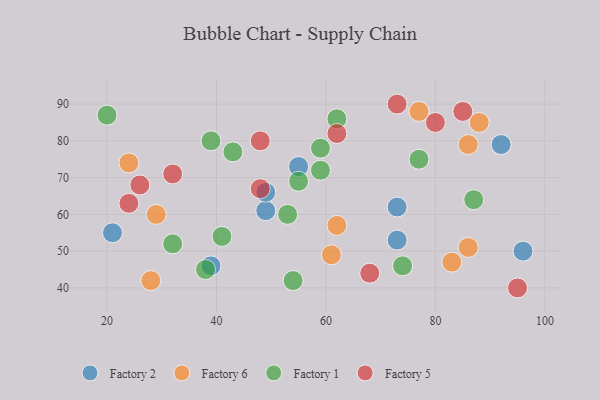
{"axis": {"x": "GDP", "y": "Life Expectancy"}, "legend": ["Factory 1", "Factory 2", "Factory 5", "Factory 6"], "data": [{"x": "21", "y": 55, "type": "Factory 2"}, {"x": "96", "y": 50, "type": "Factory 2"}, {"x": "73", "y": 53, "type": "Factory 2"}, {"x": "39", "y": 46, "type": "Factory 2"}, {"x": "92", "y": 79, "type": "Factory 2"}, {"x": "49", "y": 61, "type": "Factory 2"}, {"x": "73", "y": 62, "type": "Factory 2"}, {"x": "49", "y": 66, "type": "Factory 2"}, {"x": "55", "y": 73, "type": "Factory 2"}, {"x": "83", "y": 47, "type": "Factory 6"}, {"x": "62", "y": 57, "type": "Factory 6"}, {"x": "86", "y": 51, "type": "Factory 6"}, {"x": "61", "y": 49, "type": "Factory 6"}, {"x": "77", "y": 88, "type": "Factory 6"}, {"x": "24", "y": 74, "type": "Factory 6"}, {"x": "28", "y": 42, "type": "Factory 6"}, {"x": "88", "y": 85, "type": "Factory 6"}, {"x": "86", "y": 79, "type": "Factory 6"}, {"x": "29", "y": 60, "type": "Factory 6"}, {"x": "54", "y": 42, "type": "Factory 1"}, {"x": "59", "y": 78, "type": "Factory 1"}, {"x": "20", "y": 87, "type": "Factory 1"}, {"x": "43", "y": 77, "type": "Factory 1"}, {"x": "53", "y": 60, "type": "Factory 1"}, {"x": "39", "y": 80, "type": "Factory 1"}, {"x": "32", "y": 52, "type": "Factory 1"}, {"x": "55", "y": 69, "type": "Factory 1"}, {"x": "41", "y": 54, "type": "Factory 1"}, {"x": "62", "y": 86, "type": "Factory 1"}, {"x": "74", "y": 46, "type": "Factory 1"}, {"x": "77", "y": 75, "type": "Factory 1"}, {"x": "59", "y": 72, "type": "Factory 1"}, {"x": "87", "y": 64, "type": "Factory 1"}, {"x": "38", "y": 45, "type": "Factory 1"}, {"x": "26", "y": 68, "type": "Factory 5"}, {"x": "85", "y": 88, "type": "Factory 5"}, {"x": "62", "y": 82, "type": "Factory 5"}, {"x": "95", "y": 40, "type": "Factory 5"}, {"x": "32", "y": 71, "type": "Factory 5"}, {"x": "68", "y": 44, "type": "Factory 5"}, {"x": "48", "y": 80, "type": "Factory 5"}, {"x": "80", "y": 85, "type": "Factory 5"}, {"x": "73", "y": 90, "type": "Factory 5"}, {"x": "48", "y": 67, "type": "Factory 5"}, {"x": "24", "y": 63, "type": "Factory 5"}]}